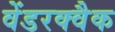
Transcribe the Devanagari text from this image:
वेंडरक्वैक